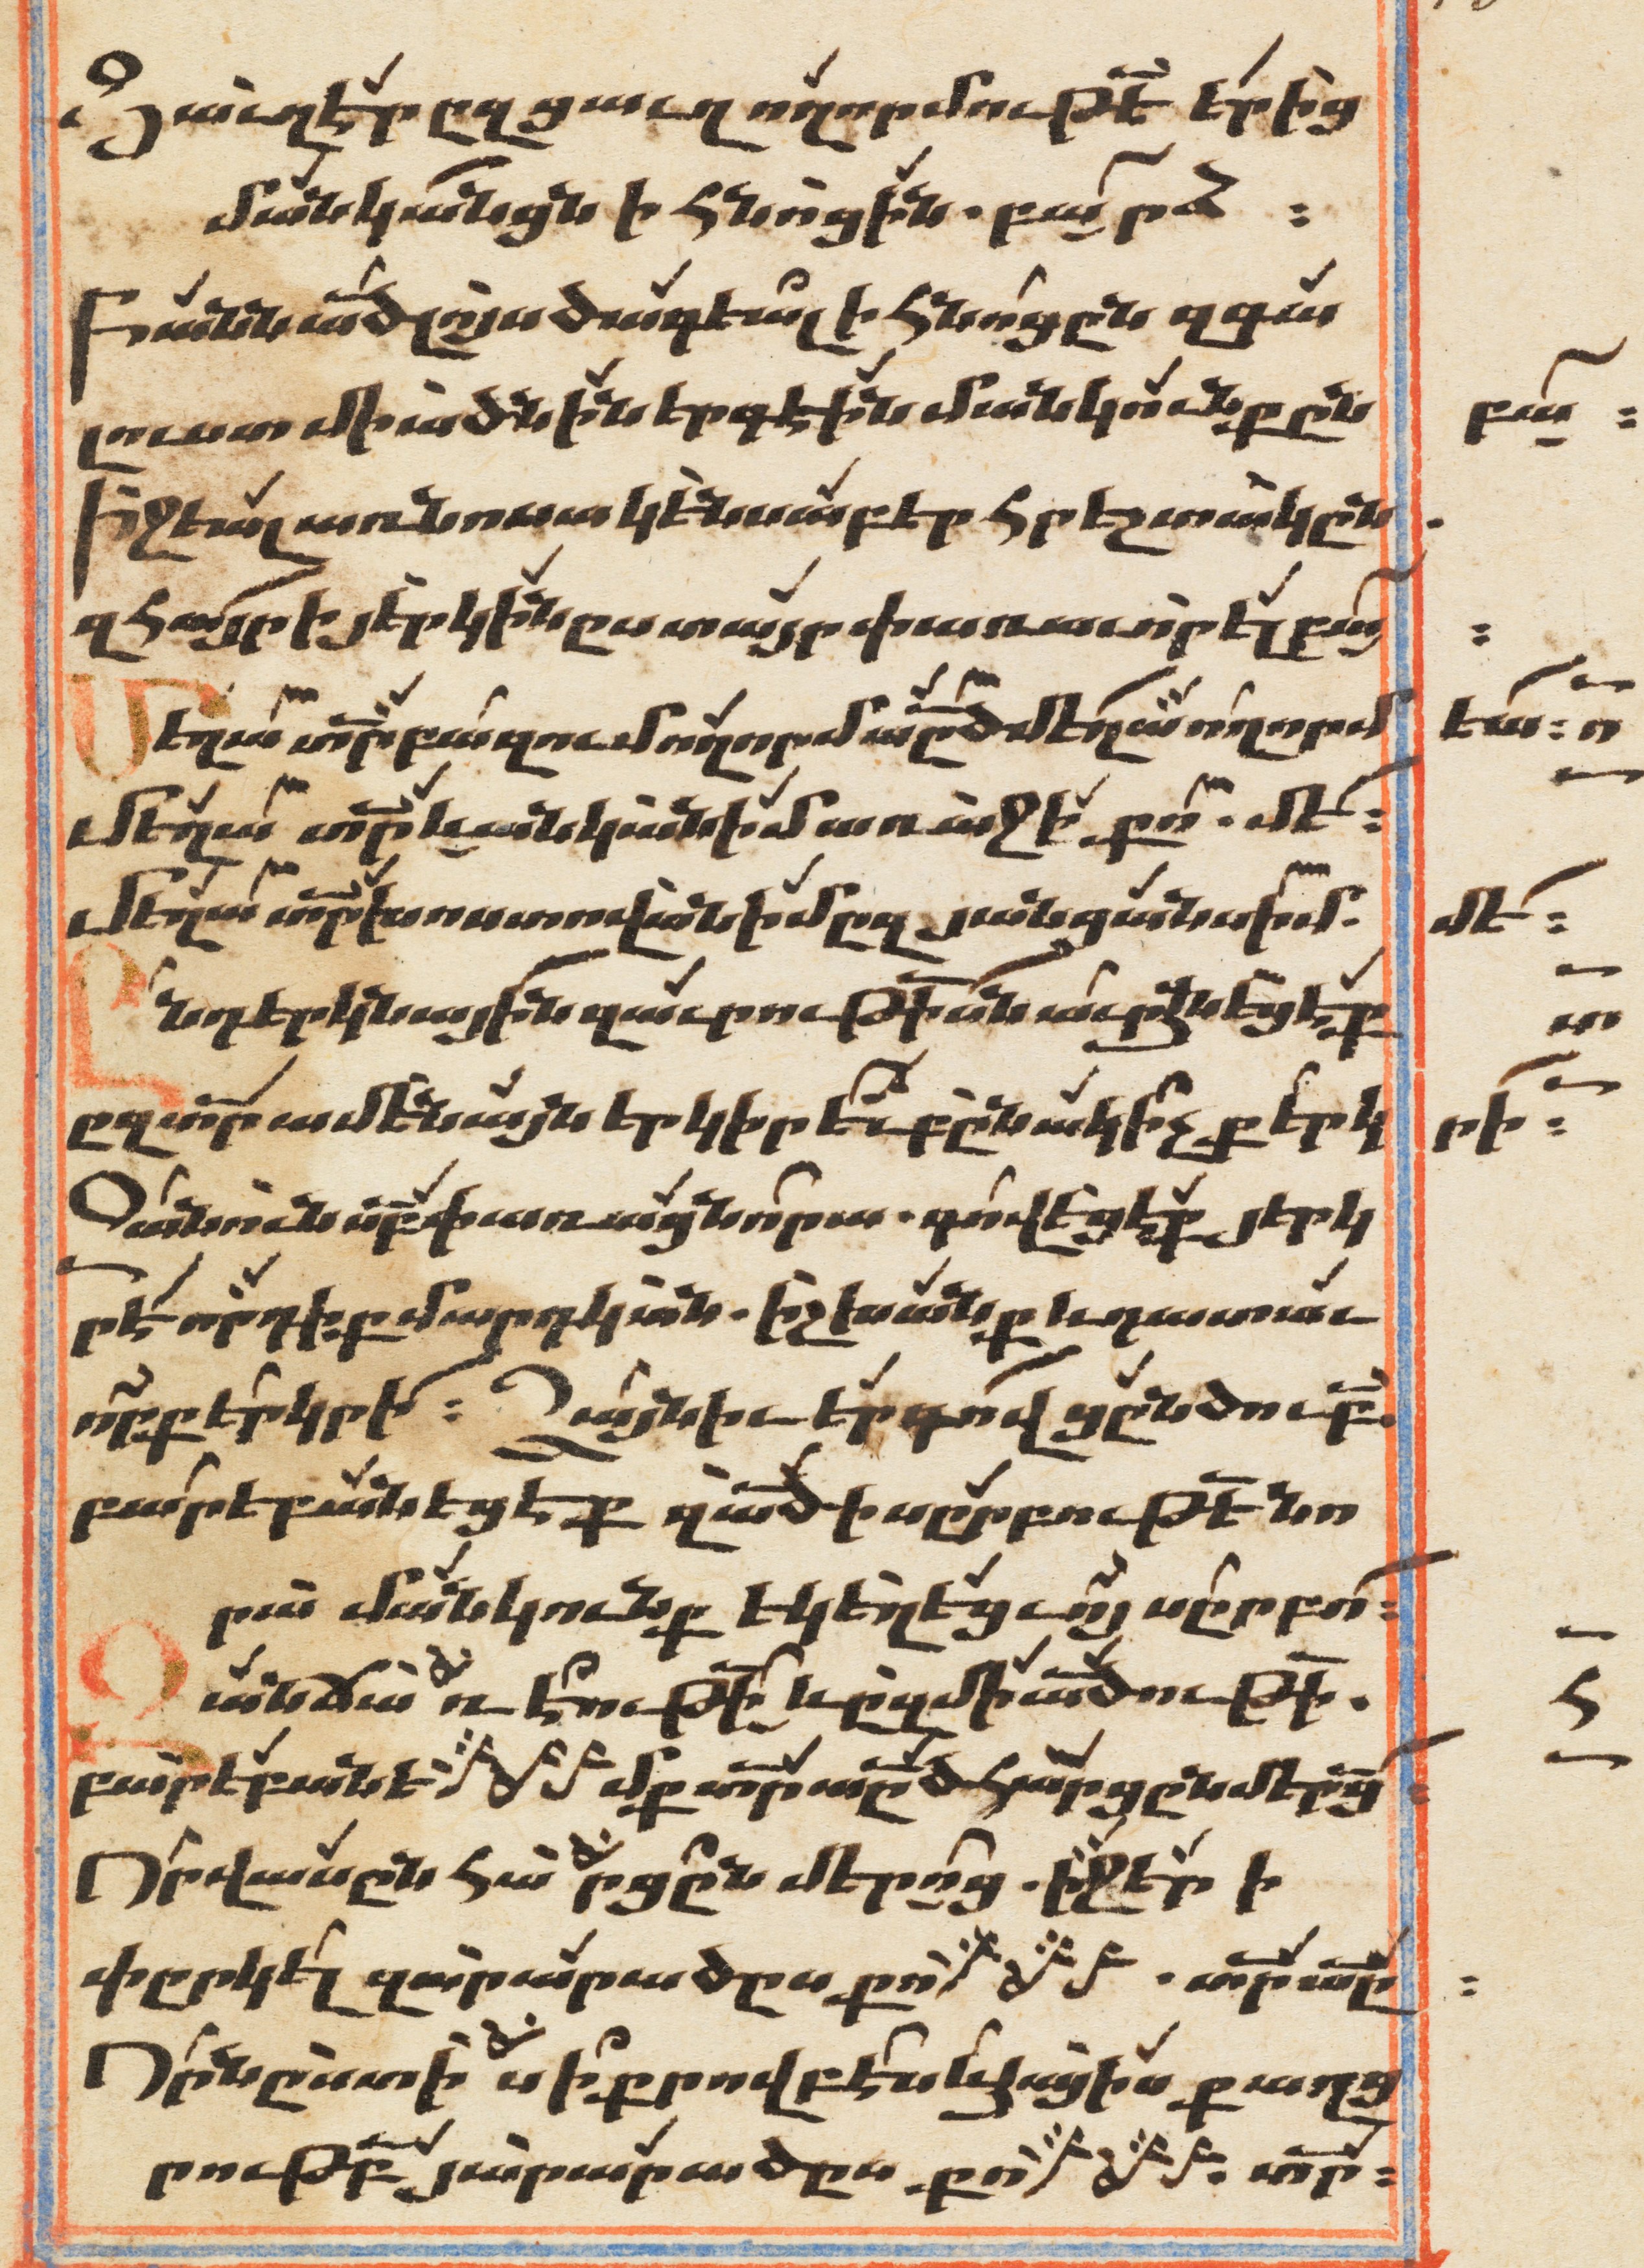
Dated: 1647–1647